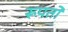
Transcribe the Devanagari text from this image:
रूपतो